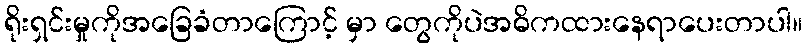
ရိုးရှင်းမှုကိုအခြေခံတာကြောင့် မှာ တွေကိုပဲအဓိကထားနေရာပေးတာပါ။